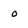
Character: 0